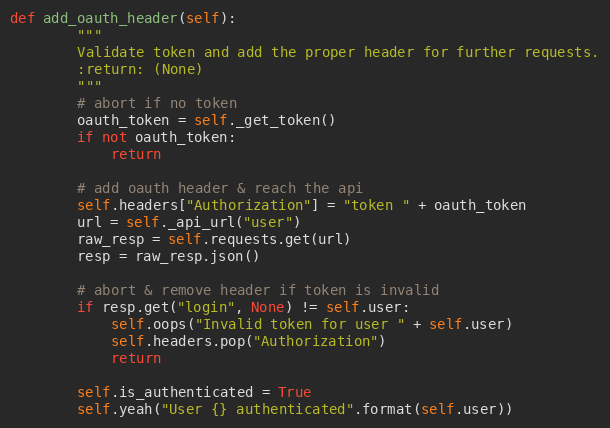
Language: Python
def add_oauth_header(self):
        """
        Validate token and add the proper header for further requests.
        :return: (None)
        """
        # abort if no token
        oauth_token = self._get_token()
        if not oauth_token:
            return

        # add oauth header & reach the api
        self.headers["Authorization"] = "token " + oauth_token
        url = self._api_url("user")
        raw_resp = self.requests.get(url)
        resp = raw_resp.json()

        # abort & remove header if token is invalid
        if resp.get("login", None) != self.user:
            self.oops("Invalid token for user " + self.user)
            self.headers.pop("Authorization")
            return

        self.is_authenticated = True
        self.yeah("User {} authenticated".format(self.user))